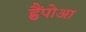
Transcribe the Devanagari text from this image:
ह्वैंपोआ